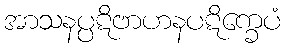
အာသနပ္ပဋိဗာဟနပဋိက္ခေပံ